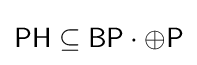
{\mathsf {PH}}\subseteq {\mathsf {BP}}\cdot \oplus {\mathsf {P}}